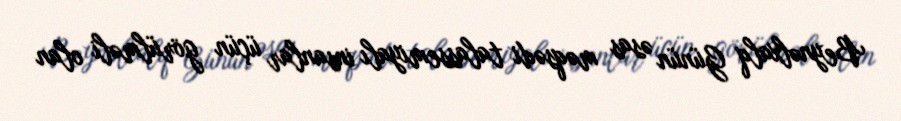
Beynəlxalq Günün əsas məqsədi talassemiyalı insanlar üçün görülməli olan